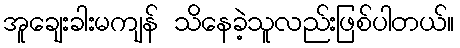
အူချေးခါးမကျန် သိနေခဲ့သူလည်းဖြစ်ပါတယ်။